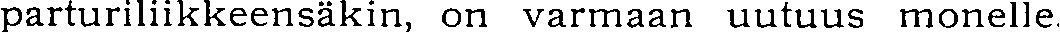
parturiliikkeensäkin, on varmaan uutuus monelle.